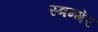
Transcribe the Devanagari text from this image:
स्त्रन्गेर